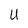
Character: U